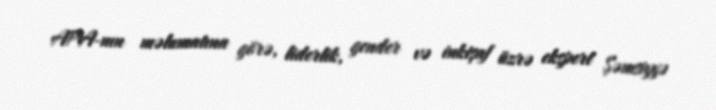
APA-nın məlumatına görə, liderlik, gender və inkişaf üzrə ekspert Şəmsiyyə